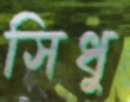
সিধু